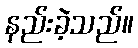
နည်းခဲ့သည်။